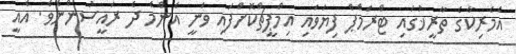
އެމެރިކާގެ ތާރީޚުގައި ޓްރަމްޕް ފިޔަވައި އިމްޕީޗްކޮށްފައި ވަނީ އެންމެ ދެ ރައީސުންނެވެ. އެއީ